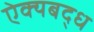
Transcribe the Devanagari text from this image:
ऐक्यबद्ध